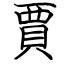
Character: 賈